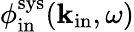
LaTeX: \phi_{\mathrm{in}}^{\mathrm{sys}}({\mathbf k}_{\mathrm{in}},\omega)